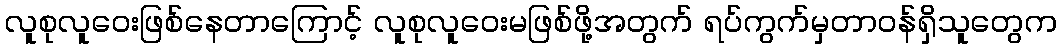
လူစုလူဝေးဖြစ်နေတာကြောင့် လူစုလူဝေးမဖြစ်ဖို့အတွက် ရပ်ကွက်မှတာဝန်ရှိသူတွေက